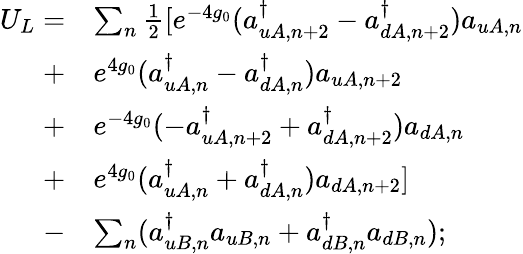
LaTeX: \begin{array}{rl}{U_{L}=}&{\sum_{n}\frac{1}{2}[e^{-4g_{0}}(a_{uA,n+2}^{\dagger}-a_{dA,n+2}^{\dagger})a_{uA,n}}\\ {+}&{e^{4g_{0}}(a_{uA,n}^{\dagger}-a_{dA,n}^{\dagger})a_{uA,n+2}}\\ {+}&{e^{-4g_{0}}(-a_{uA,n+2}^{\dagger}+a_{dA,n+2}^{\dagger})a_{dA,n}}\\ {+}&{e^{4g_{0}}(a_{uA,n}^{\dagger}+a_{dA,n}^{\dagger})a_{dA,n+2}]}\\ {-}&{\sum_{n}(a_{uB,n}^{\dagger}a_{uB,n}+a_{dB,n}^{\dagger}a_{dB,n});}\end{array}